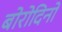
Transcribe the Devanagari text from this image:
बोरोदिनो